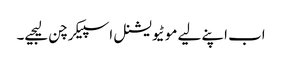
اب اپنے لیے موٹیویشنل اسپیکر چن لیجیے۔